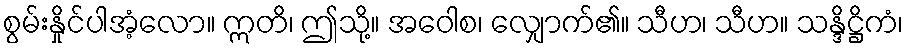
စွမ်းနှိုင်ပါအံ့လော။ ဣတိ၊ ဤသို့။ အဝေါစ၊ လျှောက်၏။ သီဟ၊ သီဟ။ သန္ဒိဋ္ဌိကံ၊